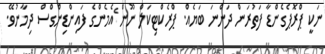
ނަކީ ޕްރޮޕެގެންޑާ ފަތުރަން ދަންނަ ބަޔެއް. ޕްރެކްޓިކަލް ނޫން ެއެމެންގެ ފައިންޑިންގްސް ދިމާނުވޭ.